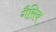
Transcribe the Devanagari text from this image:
गैसिय